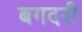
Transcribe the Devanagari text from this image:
बगदरी